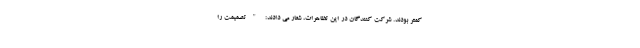
کمتر بودند. شرکت کنندگان در این تظاهرات، شعار می دادند: "تصمیمت را